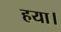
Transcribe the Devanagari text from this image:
हया।